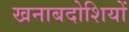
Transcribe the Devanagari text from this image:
खनाबदोशियों